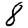
Digit: 8